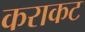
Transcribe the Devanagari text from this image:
कराकट